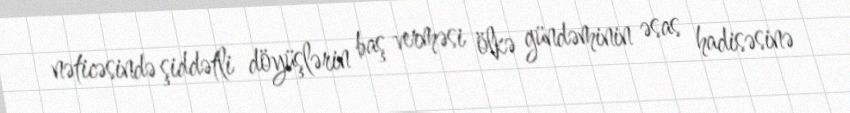
nəticəsində şiddətli döyüşlərin baş verməsi ölkə gündəminin əsas hadisəsinə